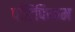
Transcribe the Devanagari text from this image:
पॉँटिफिकम